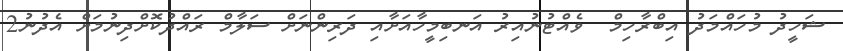
ޝަހީދު މުހައްމަދު އިބްރާހިމް  ވެއްޓުނުއިރު އަނބިމީހާއަށާއި ދަރިންނަށް ސަލާމް ރައްދުކޮށްދިނުމަށް އެދުނު2